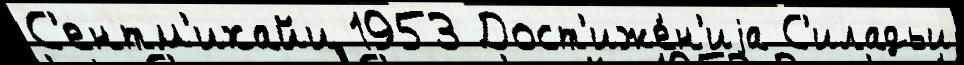
С'ентм'ихайи 1953 Дост'иже́н'иjа С'иладьи